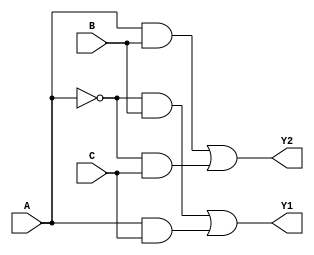
module combinational_logic_block (
    input wire A,   // Input A
    input wire B,   // Input B
    input wire C,   // Input C
    output wire Y1, // Output Y1
    output wire Y2  // Output Y2
);

// Logic function for Y1: Y1 = A'B + AC
assign Y1 = (~A & B) | (A & C);

// Logic function for Y2: Y2 = AB + A'C
assign Y2 = (A & B) | (~A & C);

endmodule